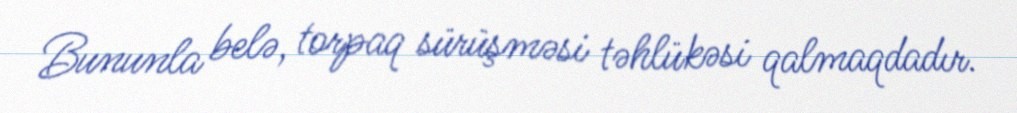
Bununla belə, torpaq sürüşməsi təhlükəsi qalmaqdadır.